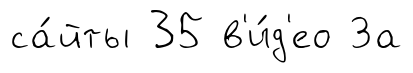
са́йты 35 в'и́д'ео За